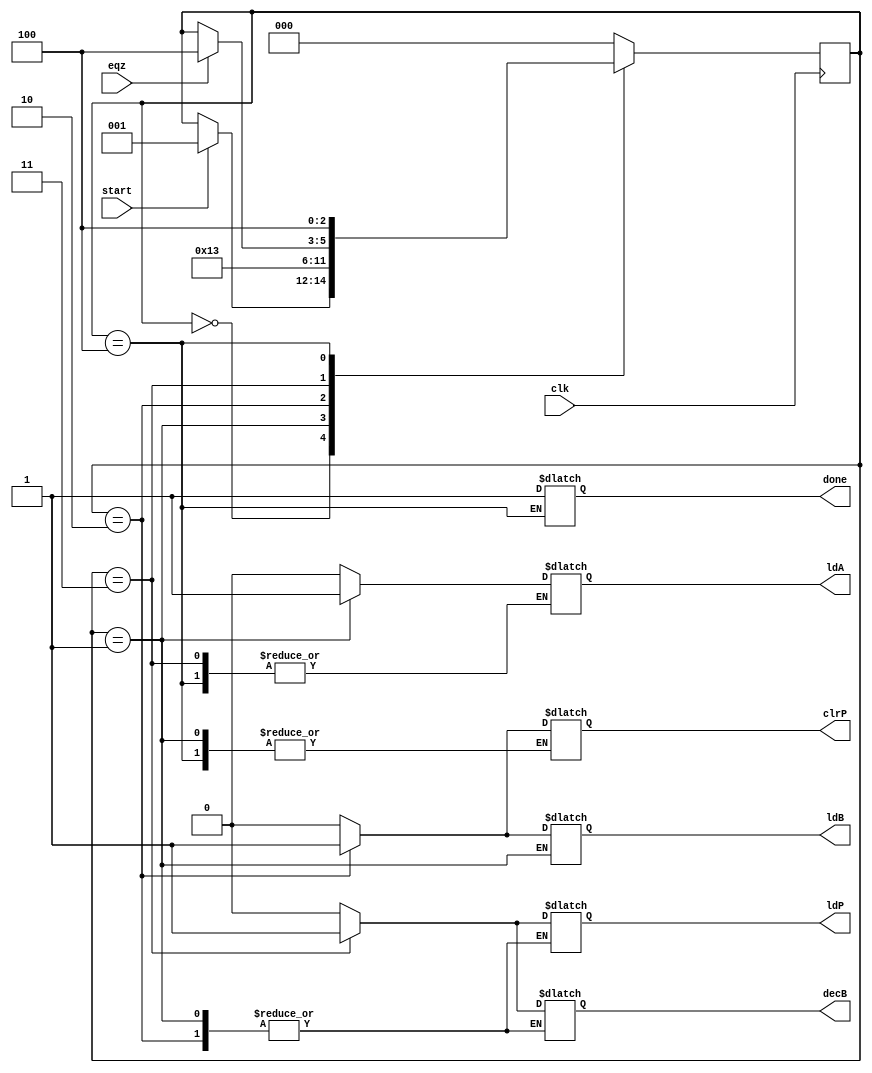
module controller ( 
output reg ldA, ldB , ldP , clrP , decB, done, 
input clk, eqz, start ) ; 

reg [2:0] state ; 

parameter S0 = 3'b000, S1 = 3'b001, S2 = 3'b010, S3 = 3'b011, S4 = 3'b100  ; 

always @ ( posedge clk ) 
	begin 
		case(state) 
		S0 : if(start) 
				state <= S1 ;  // Start 
		S1 : state <= S2 ;  // Data in in A 
		S2 : state <= S3 ;  // Data in in B, and initialize P 
		S3 : #2 if(eqz)     // P = Z and B = B - 1 
				state <= S4 ; 
		S4 : state <= S4 ;  
		default : state <= S0 ; 
		endcase 
	end 
	
	
always @ (state ) 
	begin 
		case(state) 
			S0 : begin 
				#1  ldA = 0 ; 
					ldB = 0 ; 
					ldP = 0 ; 
					clrP = 0 ; 
					decB = 0 ; 
				end 
			S1 : begin 
				#1 ldA = 1; 
				end 
			S2 : begin 
				#1 ldA = 0 ; 
					ldB = 1 ;
					clrP = 1; 
				end 
			S3 : begin 
				#1 ldB = 0 ; 
					ldP = 1 ; 
					clrP = 0 ; 
					decB = 1 ; 
				end 
			S4 : begin 
				#1 done = 1 ; 
					ldB = 0 ; 
					ldP = 0 ; 
					decB = 0 ; 
				end
				
			default: begin 
				#1 ldA = 0 ; 
					ldB = 0 ; 
					ldP = 0 ; 
					clrP = 0 ; 
					decB = 0 ; 
				end 
		endcase 
	end 
endmodule